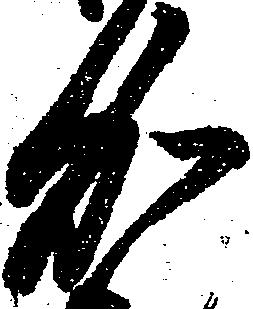
加